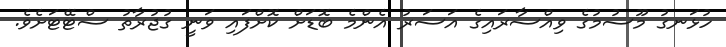
ހުޅަނގު މޫސުމުގެ ވިއްސާރައިގެ އަސަރު އެންމެ ބޮޑަށް ކޮށްފައި ވަނީ ގުޖުރާތު ސްޓޭޓަށެވެ.